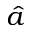
\hat { a }